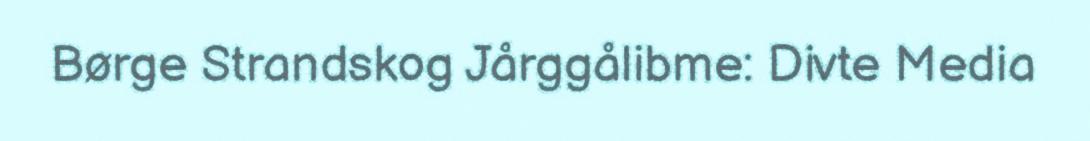
Børge Strandskog Jårggålibme: Divte Media